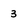
Character: 3